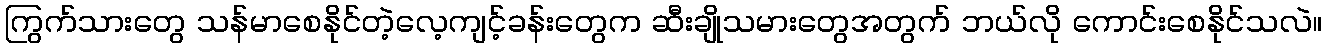
ကြွက်သားတွေ သန်မာစေနိုင်တဲ့လေ့ကျင့်ခန်းတွေက ဆီးချိုသမားတွေအတွက် ဘယ်လို ကောင်းစေနိုင်သလဲ။